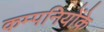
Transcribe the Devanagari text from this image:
कम्पनियोंके